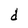
Character: d